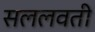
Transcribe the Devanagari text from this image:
सललवती